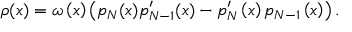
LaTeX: \rho ( x ) = \omega \left( x \right) \left( p _ { N } ( x ) p _ { N - 1 } ^ { \prime } ( x ) - p _ { N } ^ { \prime } \left( x \right) p _ { N - 1 } \left( x \right) \right) .